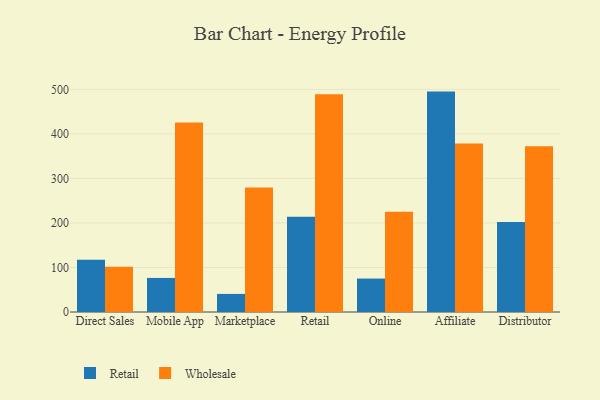
{"axis": {"x": "Channel", "y": "Satisfaction Score"}, "legend": ["Retail", "Wholesale"], "data": [{"x": "Direct Sales", "y": 117.2, "type": "Retail"}, {"x": "Direct Sales", "y": 101.7, "type": "Wholesale"}, {"x": "Mobile App", "y": 76.5, "type": "Retail"}, {"x": "Mobile App", "y": 425.6, "type": "Wholesale"}, {"x": "Marketplace", "y": 40.6, "type": "Retail"}, {"x": "Marketplace", "y": 279.5, "type": "Wholesale"}, {"x": "Retail", "y": 214.2, "type": "Retail"}, {"x": "Retail", "y": 489.0, "type": "Wholesale"}, {"x": "Online", "y": 75.1, "type": "Retail"}, {"x": "Online", "y": 225.4, "type": "Wholesale"}, {"x": "Affiliate", "y": 495.0, "type": "Retail"}, {"x": "Affiliate", "y": 378.4, "type": "Wholesale"}, {"x": "Distributor", "y": 202.3, "type": "Retail"}, {"x": "Distributor", "y": 372.3, "type": "Wholesale"}]}